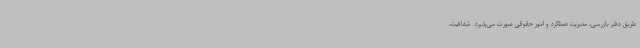
طریق دفتر بازرسی، مدیریت عملکرد و امور حقوقی صورت می‌پذیرد. شفافیت،